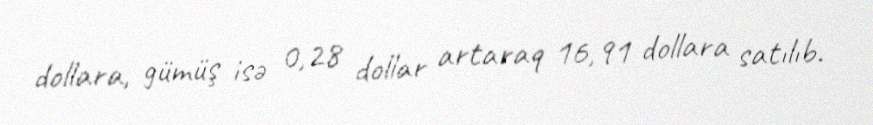
dollara, gümüş isə 0,28 dollar artaraq 16,91 dollara satılıb.